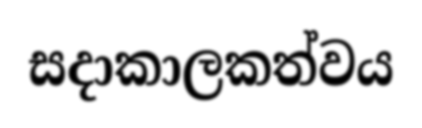
සදාකාලකත්වය